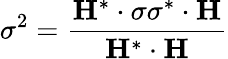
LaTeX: \sigma^{2}=\frac{\mathbf{H}^{*}\cdot\sigma\sigma^{*}\cdot\mathbf{H}}{\mathbf{H}^{*}\cdot\mathbf{H}}